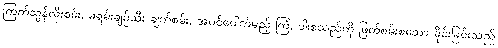
ကြက်သွန်လှီးစမ်း, ခရမ်းချဉ်သီး ချက်စမ်း, အပင်ပေါက်မည့် ကြံ, ဝါးစသည်ကို ဖြတ်စမ်းစသော ခိုင်းခြင်းသည်